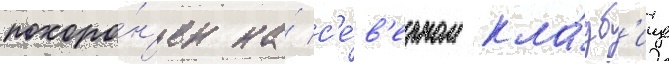
похоро́н'ен на́ с'е́в'ерном кла́дб'ище